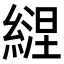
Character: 𦄇